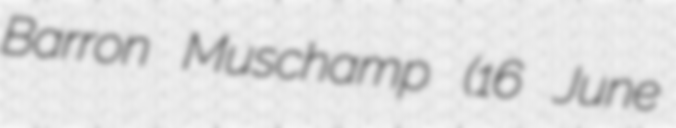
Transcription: Barron Muschamp (16 June